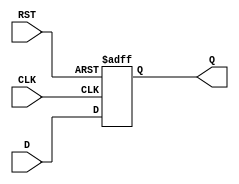
module InputRegister (
    input wire D,         // Data Input
    input wire CLK,       // Clock Input
    input wire RST,       // Asynchronous Reset
    output reg Q          // Data Output
);

    // Always block triggered on the rising edge of the clock or the reset signal
    always @(posedge CLK or posedge RST) begin
        if (RST) begin
            Q <= 1'b0;    // Clear the output to zero on reset
        end else begin
            Q <= D;       // Capture the input data on the rising edge of the clock
        end
    end

endmodule